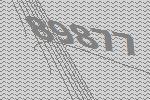
89877